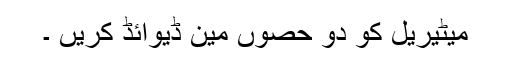
میٹیریل کو دو حصوں مین ڈیوائڈ کریں ۔